Annual report on the mental hospital in the Central Provinces and Berar (Nagpur) - 1927-1951
Year: 1927
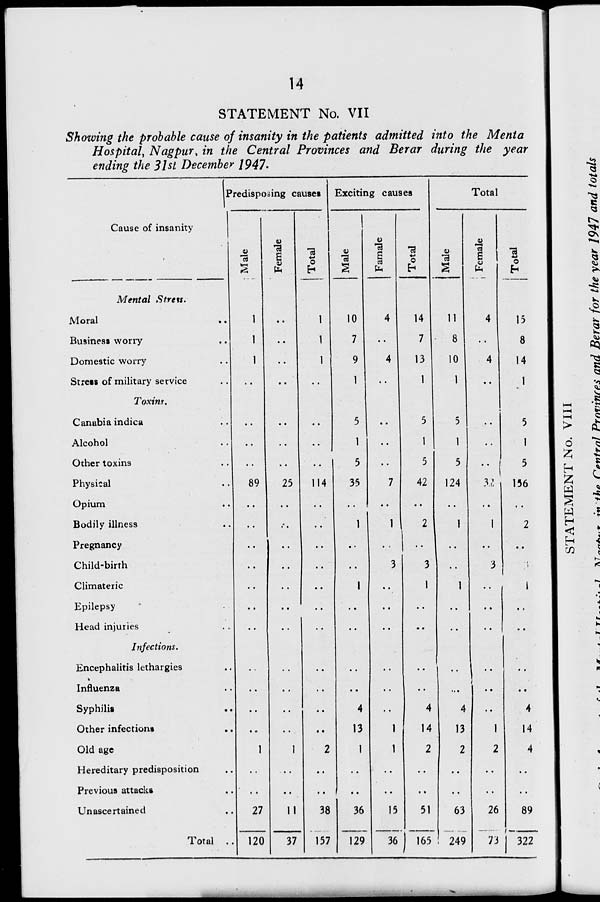
14
STATEMENT No. VII
Showing the probable cause of insanity in the patients admitted into the Menta
Hospital, Nagpur, in the Central Provinces and Berar during the year
ending the 31st December 1941 >
1 Predisposing causes Exciting causes
Total
Cause of insanity
■
u
73
■i
£ s
fa
73
+->
o
h
73
8
73
§
03
fa
73
o
73
2
u
03
6
fa
73 a
O
h
Mental Strew.
Moral
1
1
10
4
14
11
4
15
Business worry
1
1
7
7 •
8
8
Domestic worry
1
1
9
4
13
10
4
14
Stress of military service
1
1
1
1
Toxins:,
Canabia indica
5
5
5
5
Alcohol
1
1
1
1
Other toxins
••
••
5
5
5
5
Physical
89
25
114
35
7
42
124
3.<!
156
Opium
••
••
..
Bodily illness
•*•
1
1
2
1
1
2
Pregnancy
..
Child-birrh
3
3
3
;
Climateric
1
1
1
. •
I
Epilepsy
••
• •
• •
Head injuries
• •
• •
Infections.
Encephalitis lethargies
• •
1 " , "
Influenza
/
Syphilis
4
4
4
4
Other infection*
..
13
1
14
13
1
14
Old age
1
1
2
1
1
2
2
2
4
Hereditary predisposition
..
Previous attack*
• •
Unascertained
27
11
38
157
36
129
15
36
51
) 165
63
249
26
73
89
Total .. 120
37
322
o
g
w
<
H
en